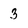
Character: 3